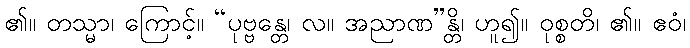
၏။ တသ္မာ၊ ကြောင့်။ “ပုဗ္ဗန္တေ၊ လ။ အညာဏ”န္တိ၊ ဟူ၍။ ဝုစ္စတိ၊ ၏။ ဧဝံ၊